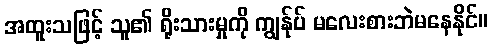
အထူးသဖြင့် သူ၏ ရိုးသားမှုကို ကျွန်ုပ် မလေးစားဘဲမနေနိုင်။